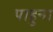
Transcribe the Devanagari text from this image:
पाहुना